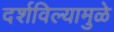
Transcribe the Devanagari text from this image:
दर्शविल्यामुळे